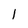
Character: l